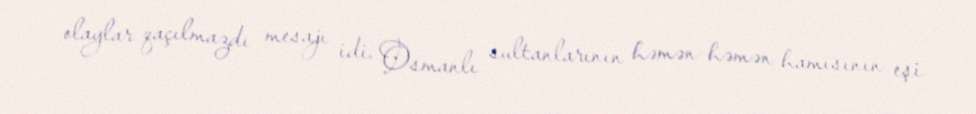
olaylar qaçılmazdı mesajı idi. Osmanlı sultanlarının həmən-həmən hamısının eşi